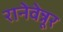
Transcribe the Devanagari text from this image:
रानेवेन्नूर